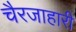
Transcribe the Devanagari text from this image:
चैरजाहारी